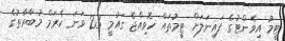
ޓީމު އިވެންޓުގެ ފައިނަލަށް ޓީމުތައް ހޮވިއްޖެ ގައުމީ 23 ވަނަ ކެރަމް މުބާރާތުގެ